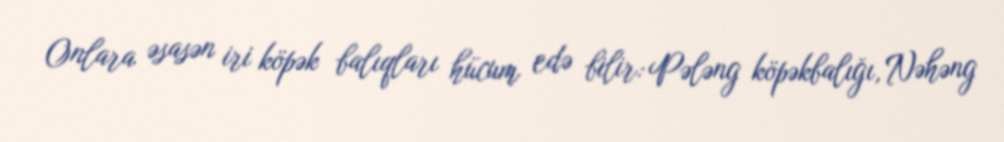
Onlara əsasən iri köpək balıqları hücum edə bilir: Pələng köpəkbalığı, Nəhəng